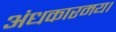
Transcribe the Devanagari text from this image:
अंधकारमय।